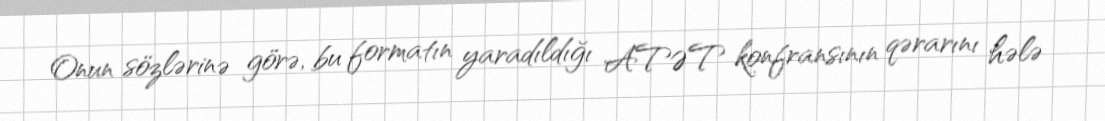
Onun sözlərinə görə, bu formatın yaradıldığı ATƏT konfransının qərarını hələ